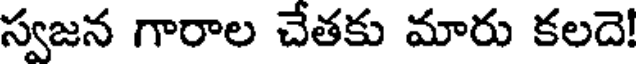
స్వజన గారాల చేతకు మారు కలదె!